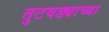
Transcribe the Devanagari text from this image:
तुटवड्याच्या